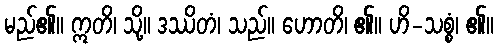
မည်၏။ ဣတိ၊ သို့။ ဒဿိတံ၊ သည်။ ဟောတိ၊ ၏။ ဟိ-သစ္စံ၊ ၏။